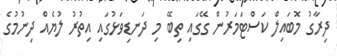
ދިރާގު މޮބައިލް ކަސްޓަމަރުން ގޭގައި ތިބޭ މި ދަނޑިވަޅުގައި އިތުރު ލުޔެއް ދިނުމުގެ